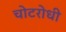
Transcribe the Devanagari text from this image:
चोटरोधी